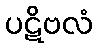
ပဋိဗလံ